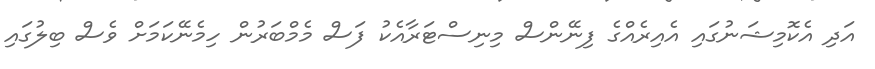
އަދި އެކޮމިޝަނުގައި އެއިރެއްގެ ފިނޭންސް މިނިސްޓަރާއެކު ފަސް މެމްބަރުން ހިމެނޭކަމަށް ވެސް ބިލުގައި